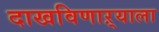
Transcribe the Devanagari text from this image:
दाखविणाऱ्याला